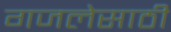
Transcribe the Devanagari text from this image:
गजलेसाठी